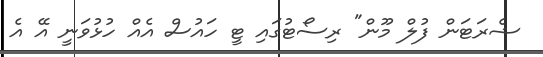
ޝެރަޓަން ފުލް މޫން" ރިސޯޓުގައި ޓީ ހައުސް އެއް ހުޅުވަނީ އޭ އެ